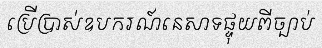
ប្រើប្រាស់ឧបករណ៍នេសាទផ្ទុយពីច្បាប់